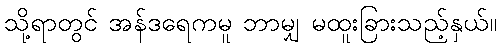
သို့ရာတွင် အန်ဒရေကမူ ဘာမျှ မထူးခြားသည့်နှယ်။